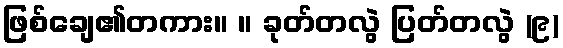
ဖြစ်ချေ၏တကား။ ။ ခုတ်တလွဲ ပြတ်တလွဲ (၉)